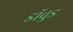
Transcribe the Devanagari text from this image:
डॉवुड